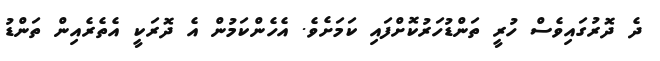
ދެ ދޮރުގައިވެސް ހުރީ ތަންޑުހަރުކޮށްފައި ކަމަށެވެ. އެހެންކަމުން އެ ދޮރަކީ އެތެރެއިން ތަންޑު